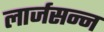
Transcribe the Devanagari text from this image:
लार्जसन्न